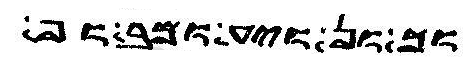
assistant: אחוכון לואי מבגו